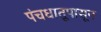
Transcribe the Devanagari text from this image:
पंचधातूपासून